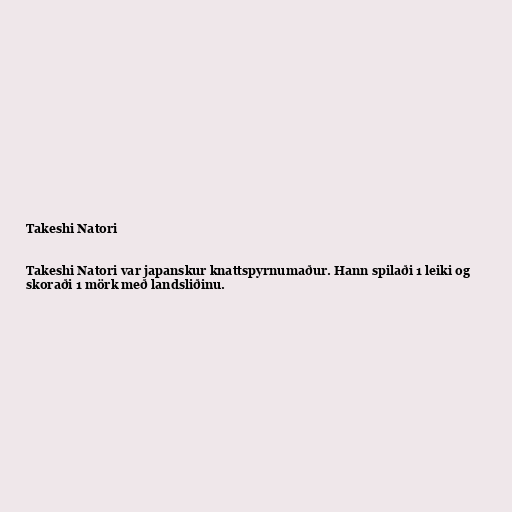
Takeshi Natori

Takeshi Natori var japanskur knattspyrnumaður. Hann spilaði 1 leiki og
skoraði 1 mörk með landsliðinu.